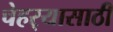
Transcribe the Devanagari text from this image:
चेहर्‍यासाठी